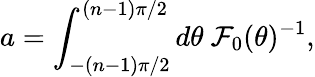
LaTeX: a=\int_{-(n-1)\pi/2}^{(n-1)\pi/2}d\theta~{\cal F}_{0}(\theta)^{-1},